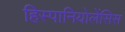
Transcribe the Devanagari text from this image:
हिस्पानियोलेंसिस